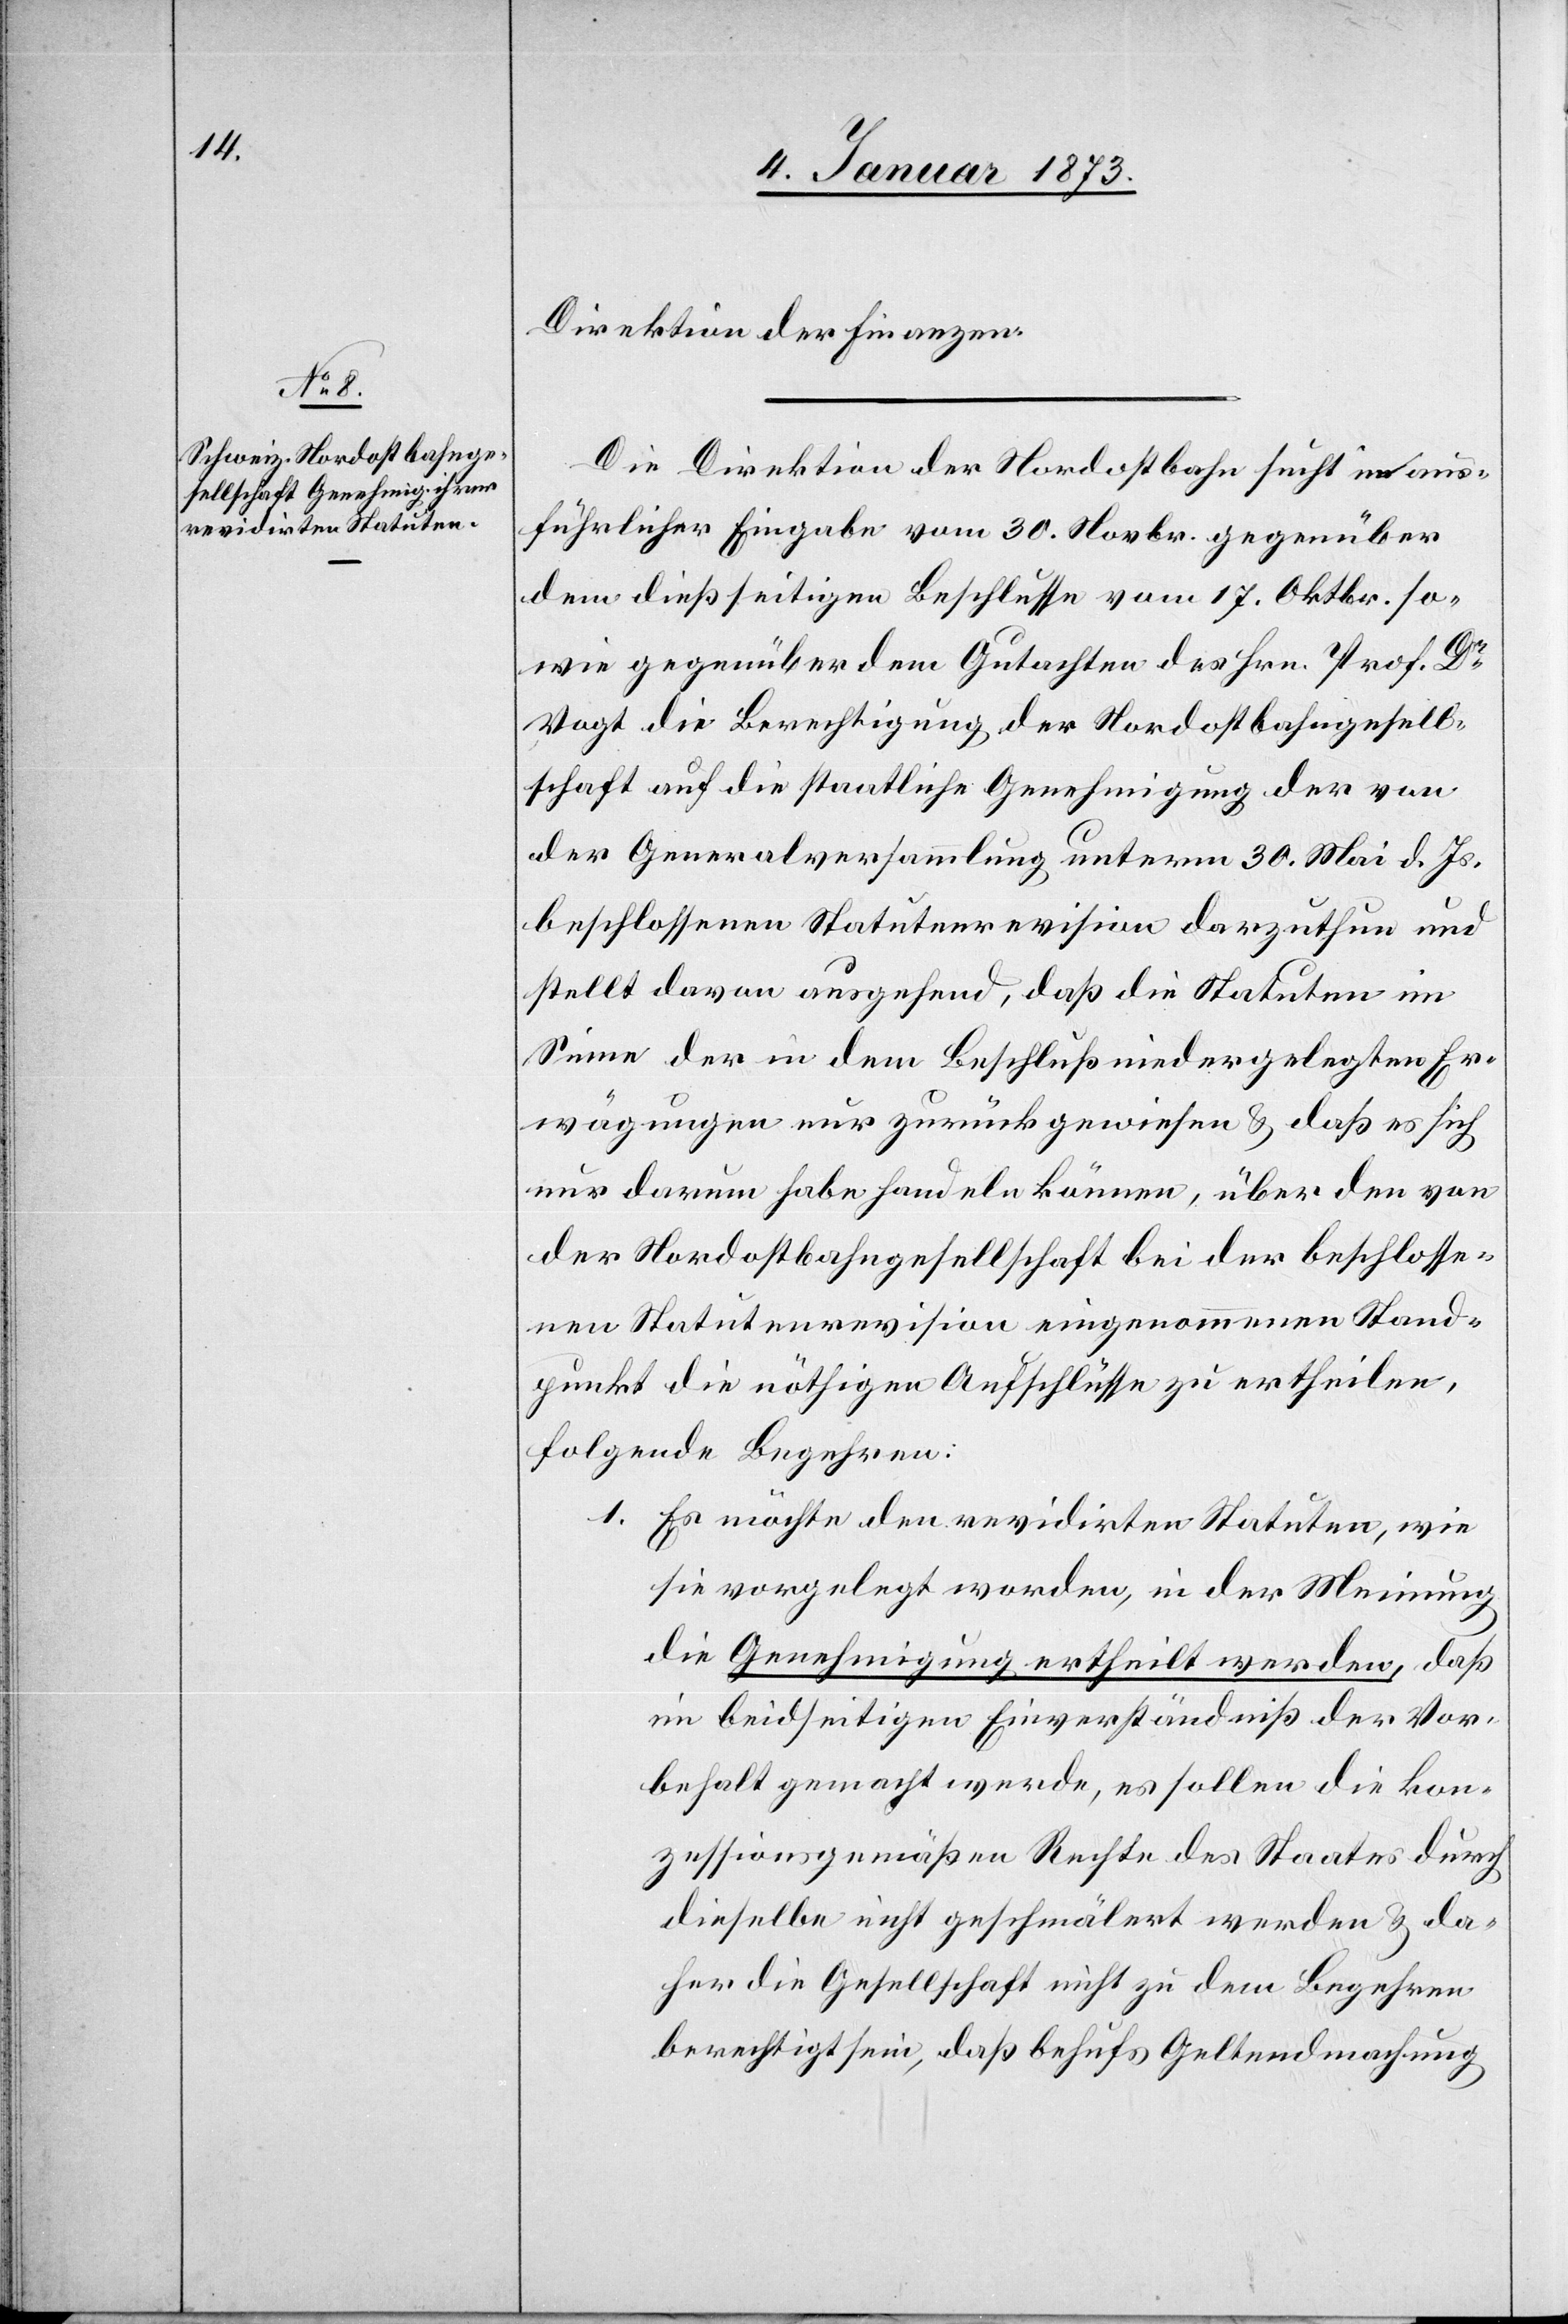
Direktion der Finanzen.
Die Direktion der Nordostbahn sucht in aus¬
führlicher Eingabe vom 30. Novbr. gegenüber
dem dießseitigen Beschlusse vom 17. Oktbr. so¬
wie gegenüber dem Gutachten des Hrn. Prof. Dr.
Vogt die Berechtigung der Nordostbahngesell¬
schaft auf die staatliche Genehmigung der von
der Generalversammlung unterm 30. Mai d. Js.
beschlossenen Statutenrevision darzuthun und
stellt davon ausgehend, daß die Statuten im
Sinne der in dem Beschluß niedergelegten Er¬
wägungen nur zurückgewiesen & daß es sich
nur darum habe handeln können, über den von
der Nordostbahngesellschaft bei der beschlosse¬
nen Statutenrevision eingenommenen Stand¬
punkt die nöthigen Aufschlüsse zu ertheilen,
folgende Begehren:
1. Es möchte den revidirten Statuten, wie
sie vorgelegt werden, in der Meinung
die Genehmigung ertheilt werden, daß
im beidseitigen Einverständniß der Vor¬
behalt gemacht werde, es sollen die kon¬
zessionsgemäßen Rechte des Staates durch
dieselbe nicht geschmälert werden & da¬
her die Gesellschaft nicht zu dem Begehren
berechtigt sein, daß behufs Geltendmachung